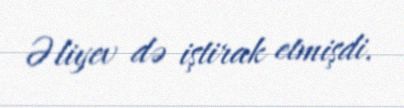
Əliyev də iştirak etmişdi.